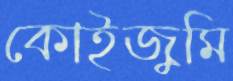
কোইজুমি